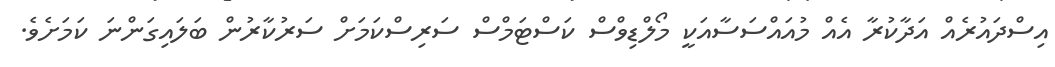
އިސްދައުރެއް އަދާކުރާ އެއް މުއައްސަސާއަކީ މޯލްޑިވްސް ކަސްޓަމްސް ސަރިސްކަމަށް ސަރުކާރުން ބަލައިގަންނަ ކަމަށެވެ.